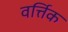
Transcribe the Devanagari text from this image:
वर्त्तिक